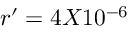
r ^ { \prime } = 4 X 1 0 ^ { - 6 }